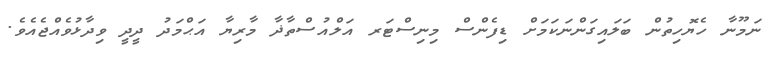
ނަމޫނާ ހެޔޮހިތުން ބަލައިގަންނަކަމަށް ޑިފެންސް މިނިސްޓަރ އަލްއުސްތާޛާ މާރިޔާ އަޙްމަދު ދީދީ ވިދާޅުވެއްޖެއެވެ.